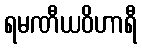
ရမဏီယဝိဟာရီ